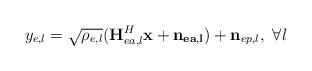
LaTeX: \begin{align*}y_{e,l}=\sqrt{\rho_{e,l}}(\mathbf{H}_{ea,l}^{H}\mathbf{x}+\mathbf{n_{ea,l}})+\mathbf{n}_{ep,l}, ~\forall l\end{align*}